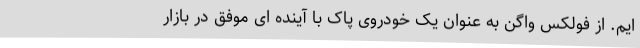
ایم. از فولکس واگن به عنوان یک خودروی پاک با آینده ای موفق در بازار